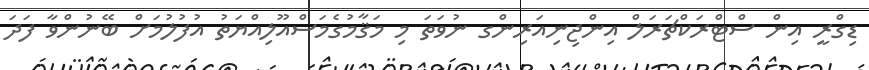
ޑިގްރީ އިން ސްޓްރަކްޗަރަލް އިންޖިނިއަރިންގ ނުވަތަ މި މަޤާމުގެމަސްއޫލިއްޔަތު އުފުލުމަށް ބޭނުންވާ ފަދަ